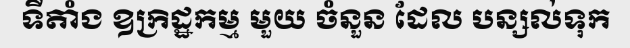
ទីតាំង ឧក្រិដ្ឋកម្ម មួយ ចំនួន ដែល បន្សល់ទុក